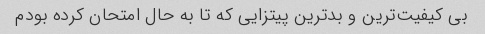
بی کیفیت‌ترین و بدترین پیتزایی که تا به حال امتحان کرده بودم